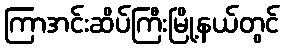
ကြာအင်းဆိပ်ကြီးမြို့နယ်တွင်